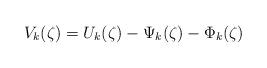
LaTeX: \begin{align*}V_k(\zeta)=U_k(\zeta)-\Psi_k(\zeta)-\Phi_k(\zeta)\end{align*}